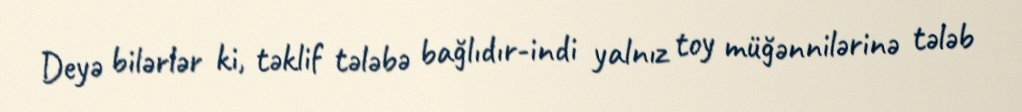
Deyə bilərlər ki, təklif tələbə bağlıdır-indi yalnız toy müğənnilərinə tələb